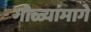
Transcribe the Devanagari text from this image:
गोळ्यांमागे